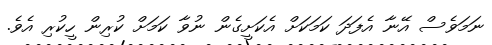
ނަމަވެސް އޭނާ އެފަދަ ކަމަކަށް އެކަށީގެން ނުވާ ކަމަށް ކުރިން ހީކުރި އެވެ.